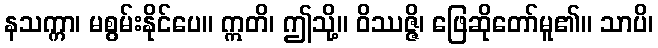
နသက္ကာ၊ မစွမ်းနိုင်ပေ။ ဣတိ၊ ဤသို့။ ဝိဿဇ္ဇိ၊ ဖြေဆိုတော်မူ၏။ သာပိ၊